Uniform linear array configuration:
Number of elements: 48
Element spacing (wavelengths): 0.25
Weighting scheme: hann
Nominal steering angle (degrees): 30
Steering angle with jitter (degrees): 29.863
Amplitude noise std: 0.05
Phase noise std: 0.05

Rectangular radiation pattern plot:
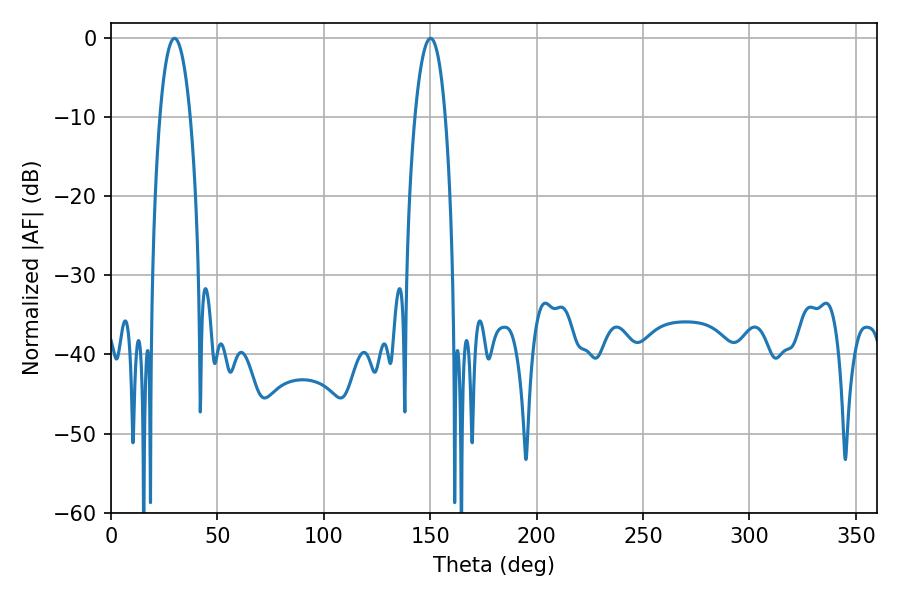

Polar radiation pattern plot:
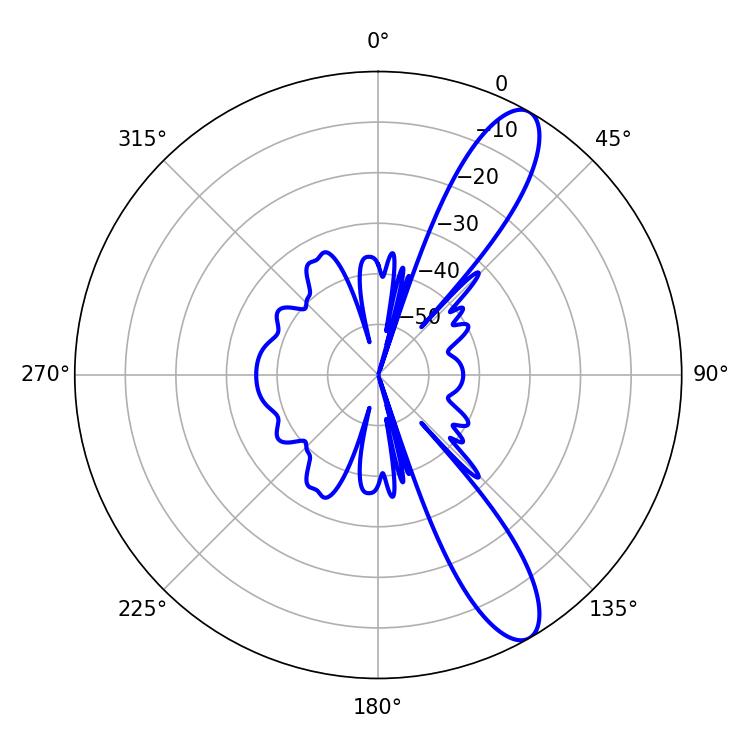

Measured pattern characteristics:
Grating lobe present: FALSE
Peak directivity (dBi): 11.313
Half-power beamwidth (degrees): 7.92
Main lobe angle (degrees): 29.88